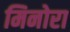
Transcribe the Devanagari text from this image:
मिनोरा